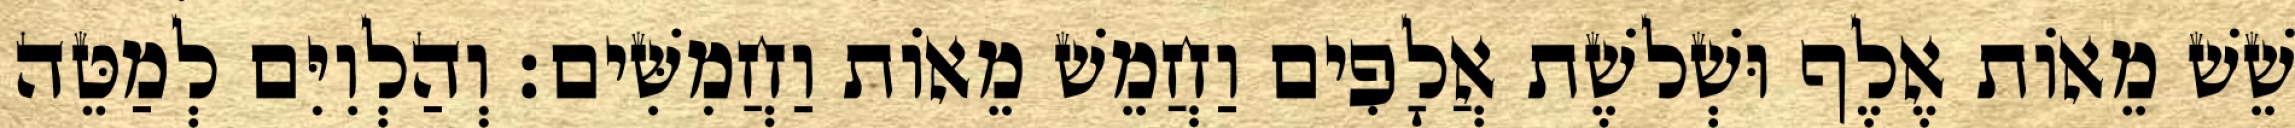
שֵׁשׁ מֵאוֹת אֶלֶף וּשְׁלשֶׁת אֲלָפִים וַחֲמֵשׁ מֵאוֹת וַחֲמִשִּׁים׃ וְהַלְוִיִּם לְמַטֵּה